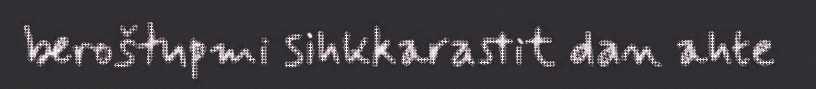
beroštupmi sihkkarastit dan ahte